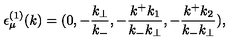
{ \epsilon } _ { \mu } ^ { ( 1 ) } ( k ) = ( 0 , - \frac { k _ { \bot } } { k _ { - } } , - \frac { k ^ { + } k _ { 1 } } { k _ { - } k _ { \bot } } , - \frac { k ^ { + } k _ { 2 } } { k _ { - } k _ { \bot } } ) ,